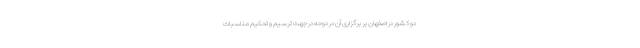
دو کشور در اصفهان بر برگزاری آن در دوحه در جهت ترسیم و تحکیم مناسبات